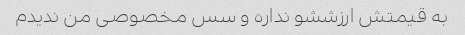
به قیمتش ارزششو نداره و سس مخصوصی من ندیدم